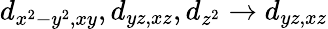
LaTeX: d_{x^{2}-y^{2},xy},d_{yz,xz},d_{z^{2}}\rightarrow d_{yz,xz}